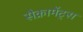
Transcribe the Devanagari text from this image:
सैक्रामेंट्स